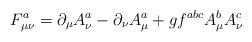
LaTeX: \begin{align*}F_{\mu \nu }^a=\partial _\mu A_\nu ^a-\partial _\nu A_\mu ^a+gf^{abc}A_\mu^bA_\nu ^c\end{align*}